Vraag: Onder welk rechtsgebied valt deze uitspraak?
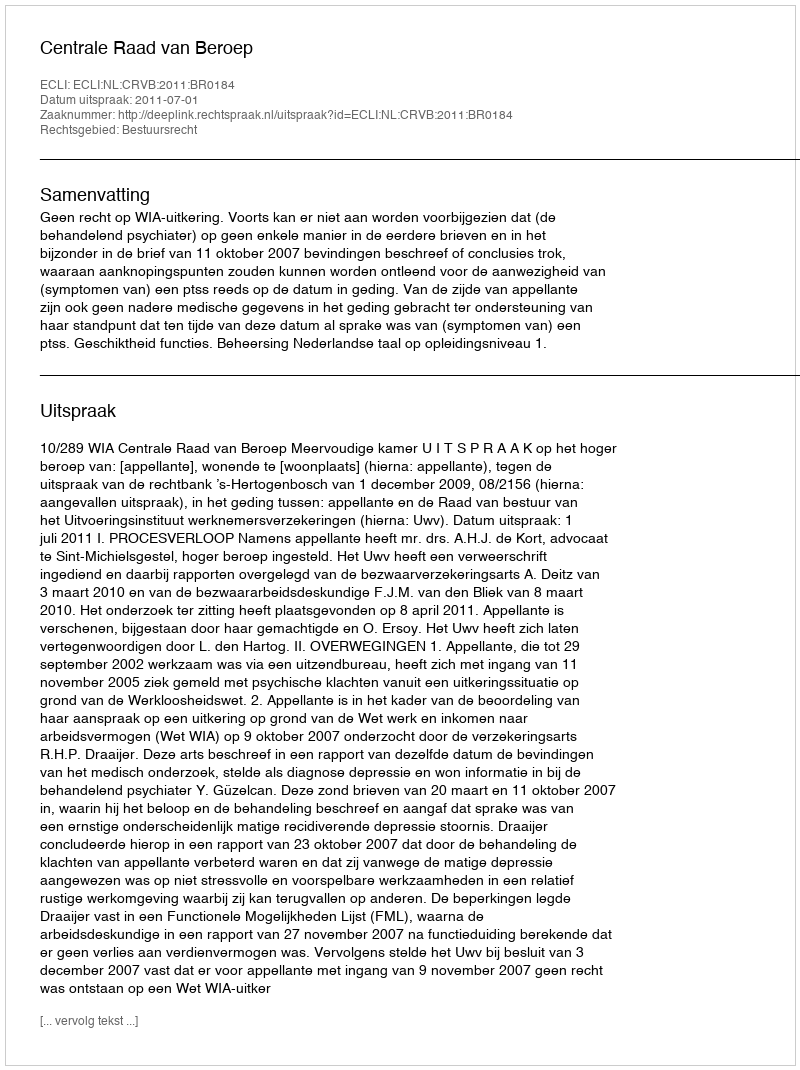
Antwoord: Bestuursrecht